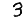
Digit: 3